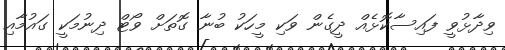
ވިދާޅުވީ ފައިސާކޮޅެއް ދީގެން ވަކި މީހަކު ބުނާ ގޮތަށް ވޯޓް ދިނުމަކީ ގައުމާއި